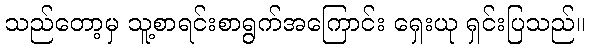
သည်တော့မှ သူ့စာရင်းစာရွက်အကြောင်း ရှေးယု ရှင်းပြသည်။